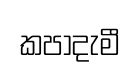
කපාදැමී